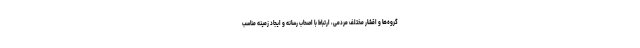
گروه‌ها و اقشار مختلف مردمی، ارتباط با اصحاب رسانه و ایجاد زمینه مناسب